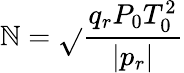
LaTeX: \mathbb{N}=\sqrt{}{{\frac{{q_{r}P_{0}T_{0}^{2}}}{{|p_{r}|}}}}